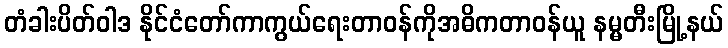
တံခါးပိတ်ဝါဒ နိုင်ငံတော်ကာကွယ်ရေးတာဝန်ကိုအဓိကတာဝန်ယူ နမ္မတီးမြို့နယ်